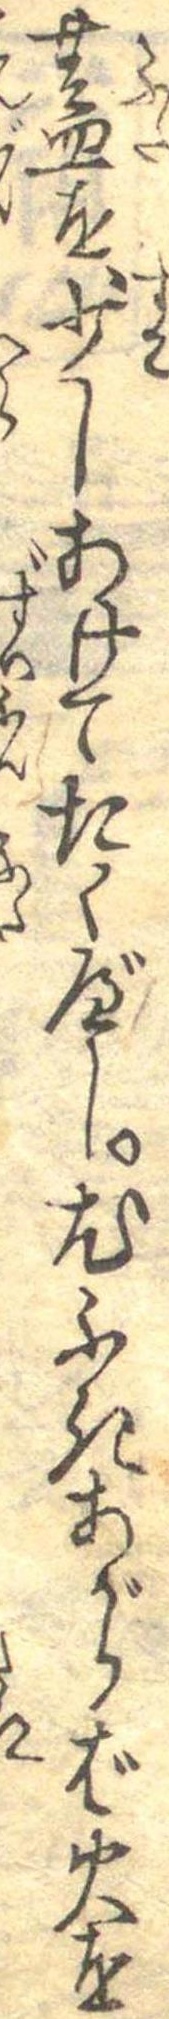
蓋を少しあけてたくべし尤ふきあがらば火を